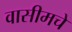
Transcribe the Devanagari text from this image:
वासीमचे